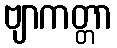
ဗျာကတ္တာ